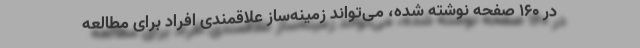
در 160 صفحه نوشته شده، می‌تواند زمینه‌ساز علاقمندی افراد برای مطالعه